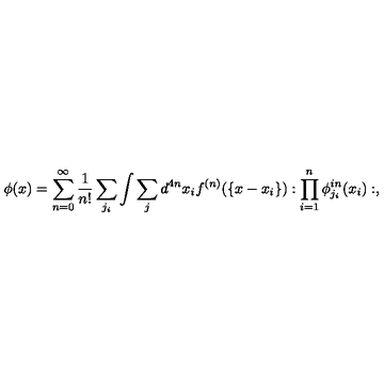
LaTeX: \phi ( x ) = \sum _ { n = 0 } ^ { \infty } \frac { 1 } { n ! } \sum _ { j _ { i } } \int \sum _ { j } d ^ { 4 n } x _ { i } f ^ { ( n ) } ( \{ x - x _ { i } \} ) : \prod _ { i = 1 } ^ { n } \phi _ { j _ { i } } ^ { i n } ( x _ { i } ) : ,